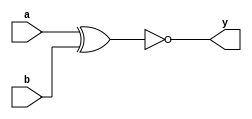
`timescale 1ns / 1ps
module xnorgate(a,b,y);
input a,b; output y;
assign y=~(a^b);
endmodule